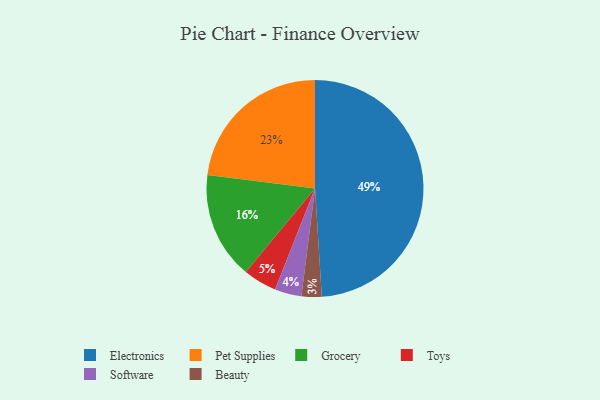
{"axis": {"x": "Category", "y": "Percentage"}, "legend": ["Beauty", "Electronics", "Grocery", "Pet Supplies", "Software", "Toys"], "data": [{"x": "Beauty", "y": 3, "type": "Beauty"}, {"x": "Software", "y": 4, "type": "Software"}, {"x": "Pet Supplies", "y": 23, "type": "Pet Supplies"}, {"x": "Toys", "y": 5, "type": "Toys"}, {"x": "Grocery", "y": 16, "type": "Grocery"}, {"x": "Electronics", "y": 49, "type": "Electronics"}]}